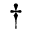
\dagger